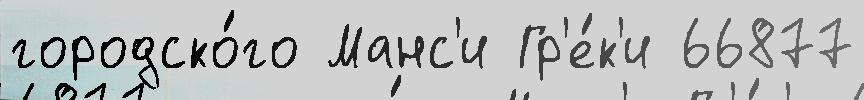
городско́го Манс'и Гр'е́к'и 66877